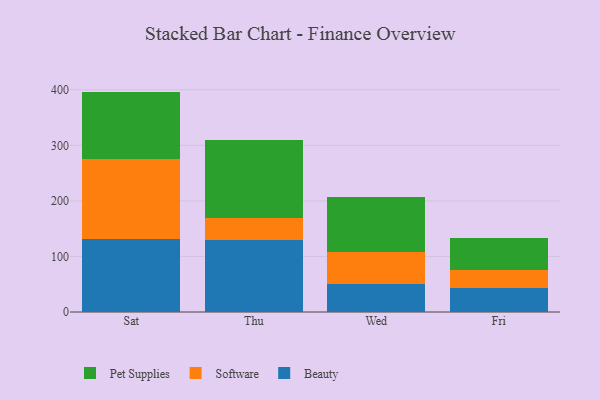
{"axis": {"x": "Day", "y": "Gross Profit (USD K)"}, "legend": ["Beauty", "Pet Supplies", "Software"], "data": [{"x": "Sat", "y": 131.4, "type": "Beauty"}, {"x": "Sat", "y": 143.4, "type": "Software"}, {"x": "Sat", "y": 121.9, "type": "Pet Supplies"}, {"x": "Thu", "y": 130.5, "type": "Beauty"}, {"x": "Thu", "y": 38.6, "type": "Software"}, {"x": "Thu", "y": 140.6, "type": "Pet Supplies"}, {"x": "Wed", "y": 49.7, "type": "Beauty"}, {"x": "Wed", "y": 57.9, "type": "Software"}, {"x": "Wed", "y": 98.9, "type": "Pet Supplies"}, {"x": "Fri", "y": 43.6, "type": "Beauty"}, {"x": "Fri", "y": 32.4, "type": "Software"}, {"x": "Fri", "y": 57.0, "type": "Pet Supplies"}]}